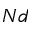
N d